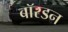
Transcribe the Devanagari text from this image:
बॉरडन